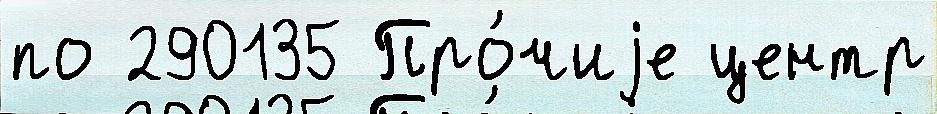
по 290135 Про́чиjе центр